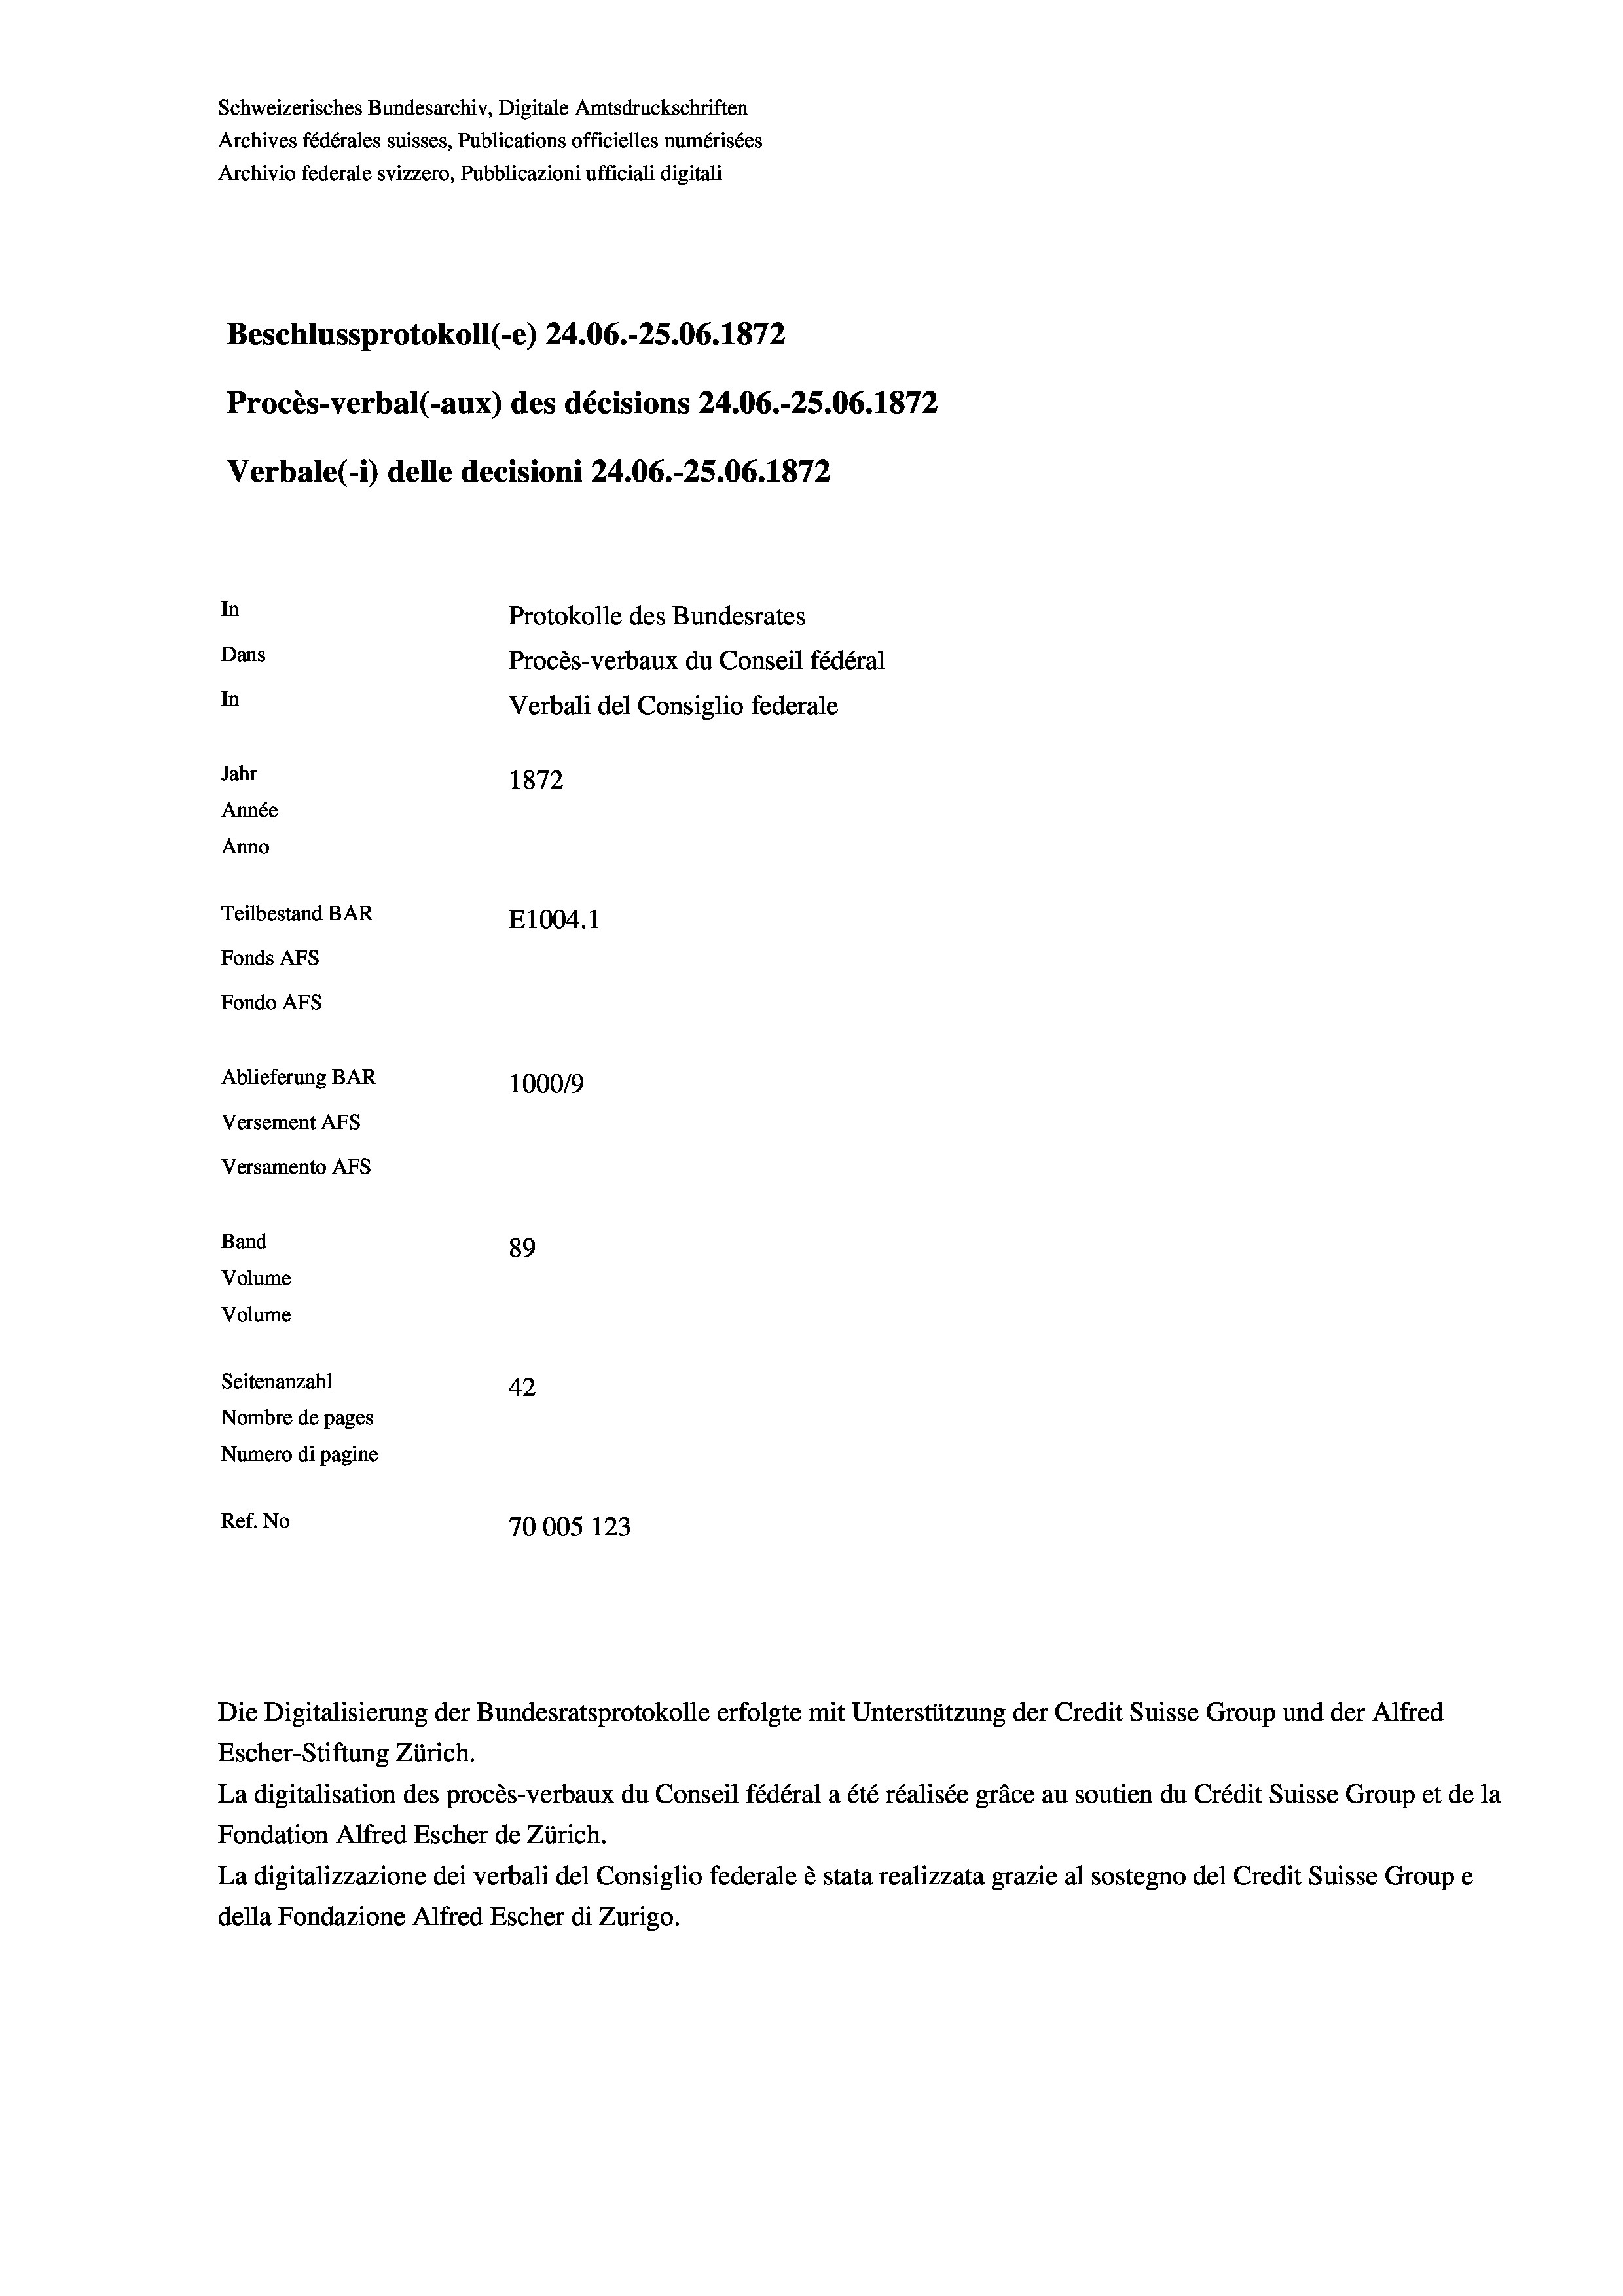
Schweizerisches Bundesarchiv, Digitale Amtsdruckschriften
Archives fédérales suisses, Publications officielles numérisées
Archivio federale svizzero, Pubblicazioni ufficiali digitali
Beschlussprotokoll (-e) 24.06.-25.06. 1872
Procès-verbal (-aux) des décisions 24.06.-25.06. 1872
Verbale(*) delle decisioni 24.06.-25.06. 1872
In
Protokolle des Bundesrates
Dans
Procès-verbaux du Conseil fédéral
In
Verbali del Consiglio federale
Jahr
1872
Année
Anno
Teilbestand BAR
E1004. 1
Fonds AEs
Fondo Afs
Ablieferung BAR
100019
Versement AFs
Versamento Afs
Band
89
Volume
Volume
Seitenanzahl
42
Nombre de pages
Numero di pagine
Ref. No
70005 123

Escher-Stiftung Zürich.
La digitalisation des procès-verbaux du Conseil fédéral a été réalisée gräce au soutien du Crédit Suisse Group et de la
Fondation Alfred Escher de Zürich.
La digitalizzazione dei verbali del Consiglio federale è stata realizzata grazie al sostegno del Credit Suisse Groupe
della Fondazione Alfred Escher di Zurigo.

Die Digitalisierung der Bundesratsprotokolle erfolgte mit Unterstützung der Credit Suisse Group und der Alfred